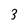
Character: 3